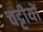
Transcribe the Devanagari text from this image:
चट्टीयों